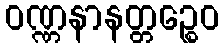
ဝဏ္ဏနာနတ္တဉ္စေဝ